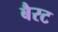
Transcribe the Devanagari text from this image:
बैरट